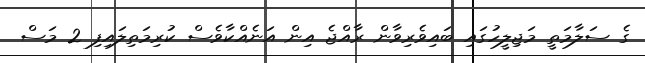
ގެ ސަލާމަތީ މަޖިލީހުގައި ބައިވެރިވާން ރާއްޖެ އިން އަނެއްކާވެސް ކުރިމަތިލައިފި 2 މަސް